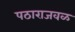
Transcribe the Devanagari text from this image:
पठाराजवळ